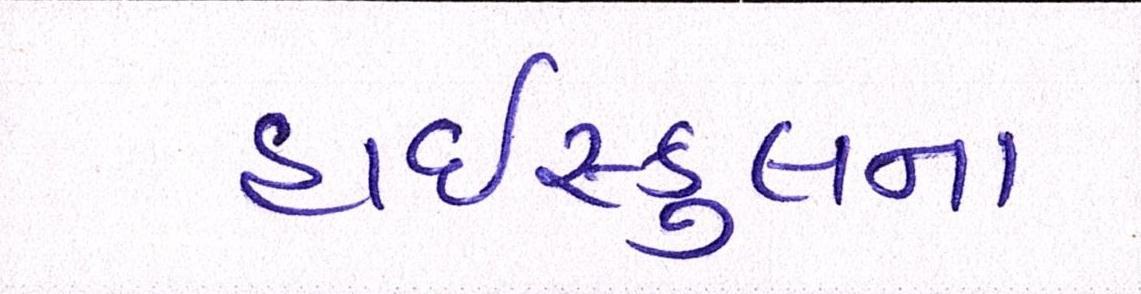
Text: હાઇસ્કુલના